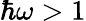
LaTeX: \hbar\omega>1